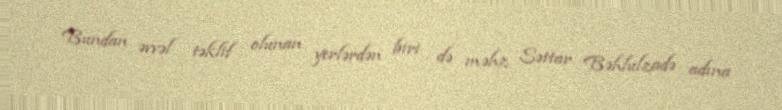
Bundan əvvəl təklif olunan yerlərdən biri də məhz Səttar Bəhlulzadə adına